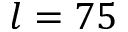
l = 7 5